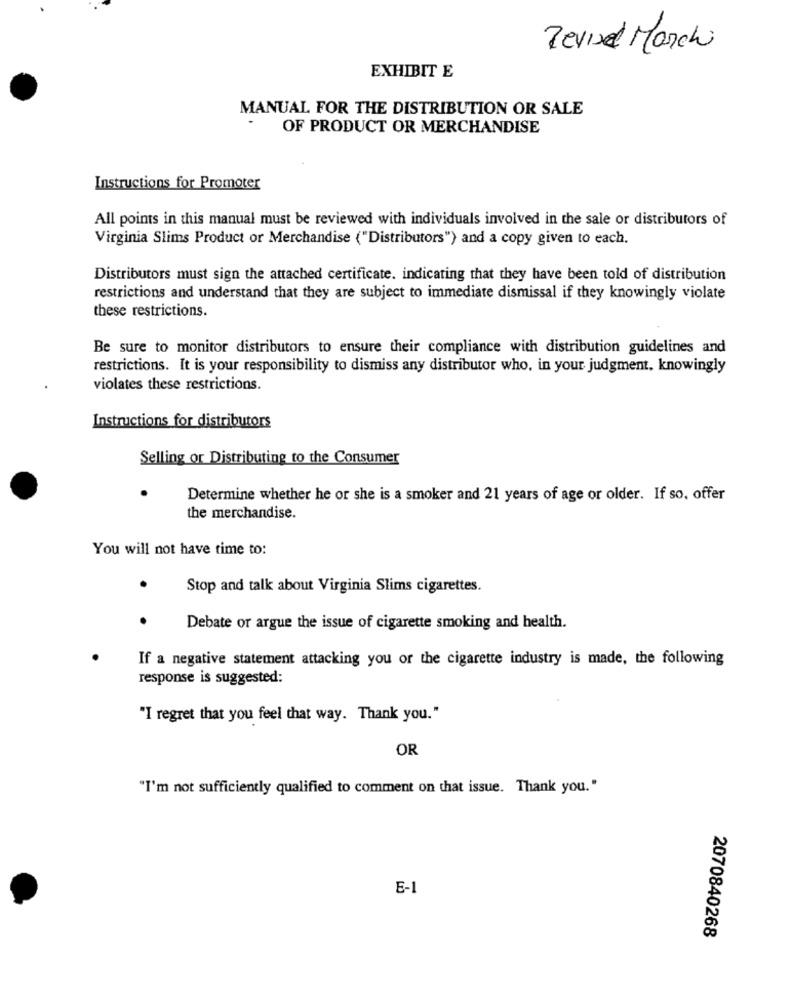
Revisel Marchi
EXHIBIT E
MANUAL FOR THE DISTRIBUTION OR SALE
OF PRODUCT OR MERCHANDISE
Instructions for Promoter
All points in this manual must be reviewed with individuals involved in the sale or distributors of
Virginia Slims Product or Merchandise ("Distributors") and a copy given to each.
Distributors must sign the attached certificate. indicating that they have been told of distribution
restrictions and understand that they are subject to immediate dismissal if they knowingly violate
these restrictions.
Be sure to monitor distributors to ensure their compliance with distribution guidelines and
restrictions. It is your responsibility to dismiss any distributor who, in your judgment, knowingly
violates these restrictions.
Instructions for distributors
Selling or Distributing to the Consumer
Determine whether he or she is a smoker and 21 years of age or older. If so. offer
the merchandise.
You will not have time to:
.
Stop and talk about Virginia Slims cigarettes.
.
Debate or argue the issue of cigarette smoking and health.
If a negative statement attacking you or the cigarette industry is made, the following
response is suggested:
"I regret that you feel that way. Thank you."
OR
"I'm not sufficiently qualified to comment on that issue. Thank you."
E-1
2070840268